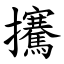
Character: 㩷